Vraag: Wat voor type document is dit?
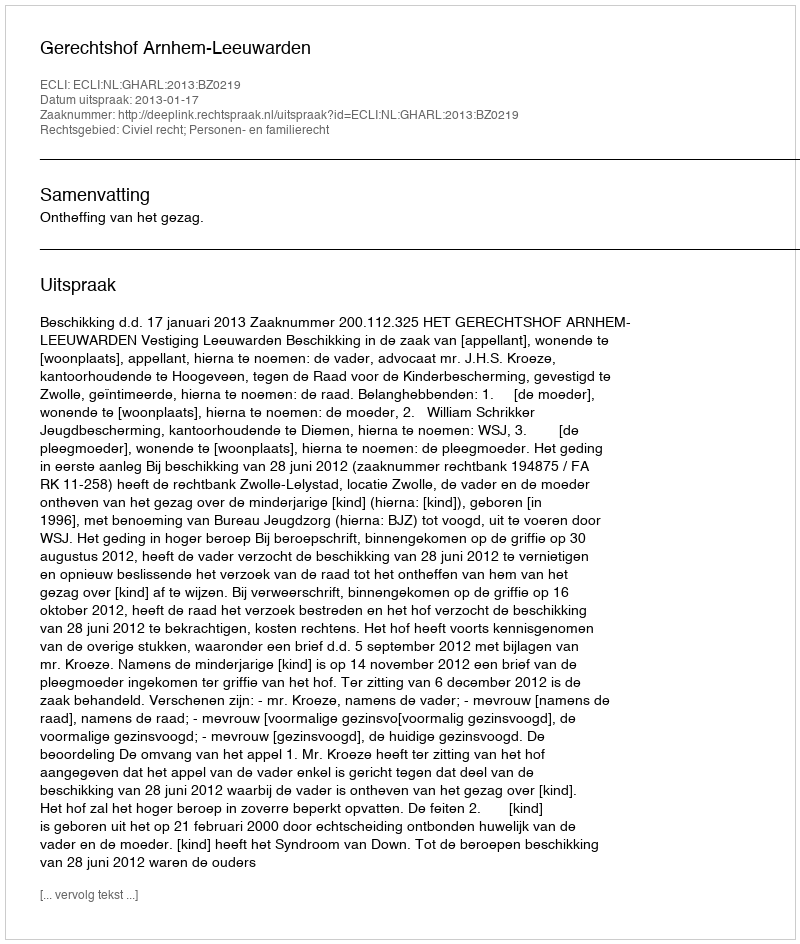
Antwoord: Uitspraak